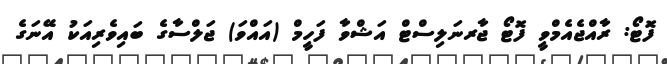
ފޮޓޯ: ރާއްޖެއެމްވީ ފޮޓޯ ޖާރނަލިސްޓް އަޝްވާ ފަހީމް (އައްވަ) ޖަލްސާގެ ބައިވެރިއަކު އޭނަގެ